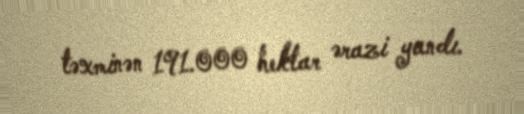
təxminən 191.000 hektar ərazi yandı.